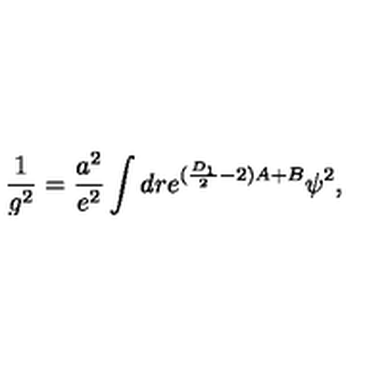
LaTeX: \frac { 1 } { g ^ { 2 } } = \frac { a ^ { 2 } } { e ^ { 2 } } \int d r e ^ { ( \frac { D _ { 1 } } { 2 } - 2 ) A + B } \psi ^ { 2 } ,